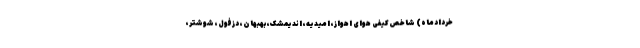
خردادماه) شاخص کیفی هوای اهواز، امیدیه، اندیمشک، بهبهان، دزفول، شوشتر،